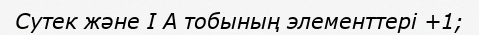
Сутек және І А тобының элементтері +1;